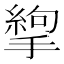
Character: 𢳉